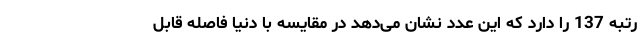
رتبه 137 را دارد که این عدد نشان می‌دهد در مقایسه با دنیا فاصله قابل